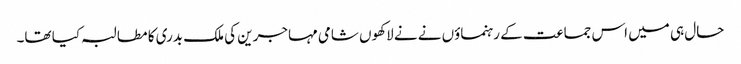
حال ہی میں اس جماعت کے رہنماؤں نے نے لاکھوں شامی مہاجرین کی ملک بدری کا مطالبہ کیا تھا۔